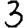
Digit: 3